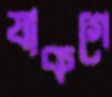
যাকগে